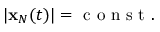
\begin{array} { r } { | { \bf x } _ { N } ( t ) | = \mathrm { ~ c ~ o ~ n ~ s ~ t ~ } . } \end{array}